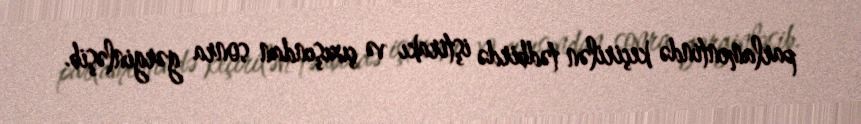
parlamentində keçirilən tədbirdə iştirakı və çıxışından sonra gərginləşib.